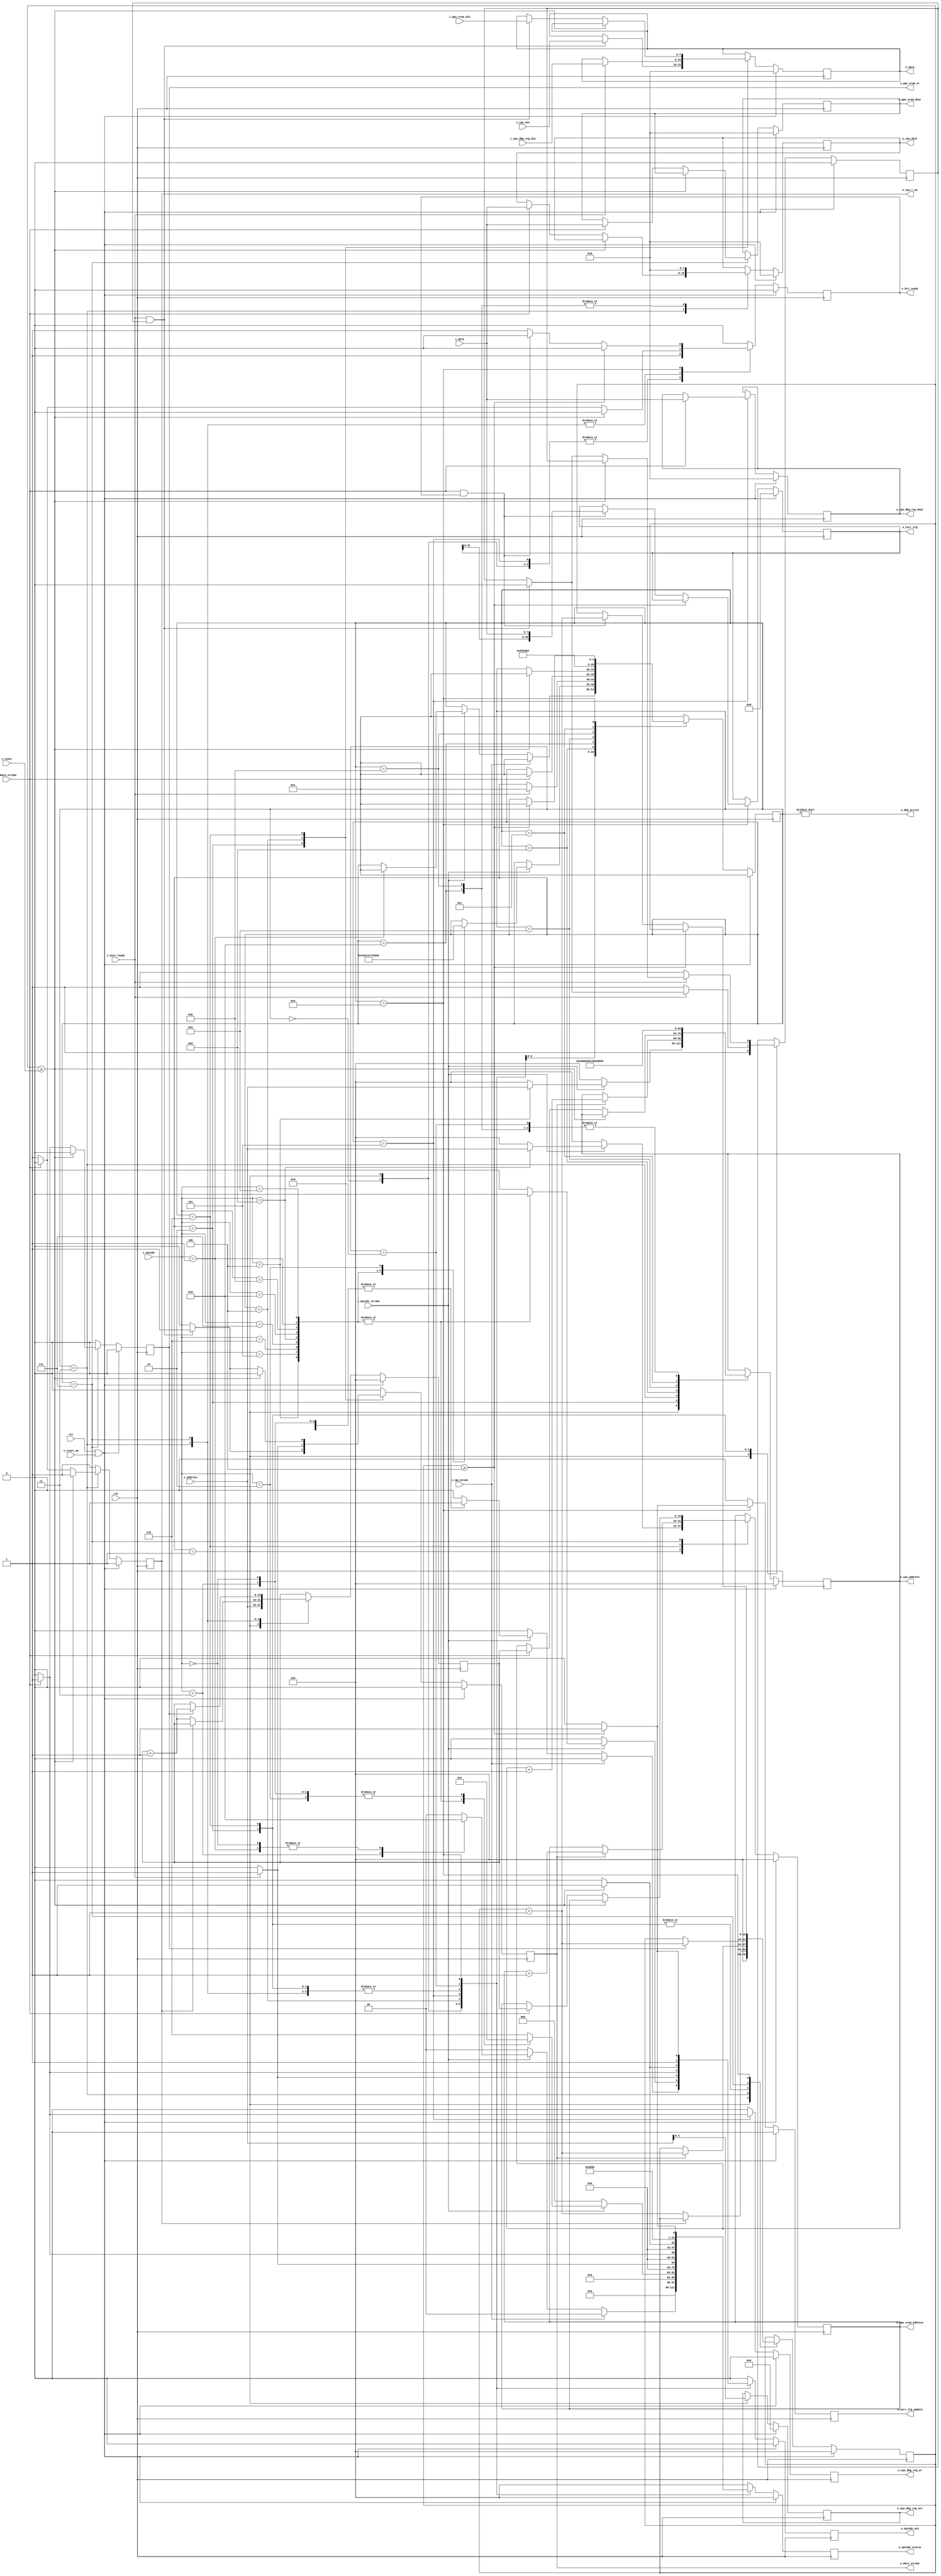
module nes_hci (
  input               clk,
  input               rst,

  //Host Interface
  input               i_reset_sm,

  input       [7:0]   i_opcode,
  input               i_opcode_strobe,

  output  reg [15:0]  o_opcode_status,
  output  reg         o_opcode_ack,

  input       [15:0]  i_address,
  input       [31:0]  i_count,

  //Input data path
  input               i_data_strobe,
  output  reg         o_hci_ready,
  input       [7:0]   i_data,

  //Output data path
  output  reg         o_data_strobe,
  input               i_host_ready,
  output  reg [7:0]   o_data,


  //NES Interface
  //CPU Interface
  input               i_cpu_break,
  output  reg         o_cpu_r_nw,           //CPU Read/!Write Pin
  output  reg [15:0]  o_cpu_address,
  input       [7:0]   i_cpu_din,
  output  reg [7:0]   o_cpu_dout,

  //CPU Debug Registers
  output              o_dbg_active,
  output  reg         o_cpu_dbg_reg_wr,
  output  reg [3:0]   o_cpu_dbg_reg_sel,
  input       [7:0]   i_cpu_dbg_reg_din,
  output  reg [7:0]   o_cpu_dbg_reg_dout,

  //Picture Processing Unit (PPU)
  output  reg         o_ppu_vram_wr,
  output  reg [15:0]  o_ppu_vram_address,
  input       [7:0]   i_ppu_vram_din,
  output  reg [7:0]   o_ppu_vram_dout,

  //Cartridge Config Data
  output  reg [39:0]  o_cart_cfg,
  output  reg         o_cart_cfg_update
);

//localparams

// Debug packet opcodes.
localparam [7:0] OP_NOP                  = 8'h00; //Tested
localparam [7:0] OP_DBG_BRK              = 8'h01; //Tested
localparam [7:0] OP_DBG_RUN              = 8'h02; //Tested
localparam [7:0] OP_QUERY_DBG_BRK        = 8'h03; //Tested
localparam [7:0] OP_CPU_MEM_RD           = 8'h04; //Tested
localparam [7:0] OP_CPU_MEM_WR           = 8'h05; //Tested
localparam [7:0] OP_CPU_REG_RD           = 8'h06; //Tested
localparam [7:0] OP_CPU_REG_WR           = 8'h07; //Tested
localparam [7:0] OP_PPU_MEM_RD           = 8'h08; //Tested
localparam [7:0] OP_PPU_MEM_WR           = 8'h09; //Tested
localparam [7:0] OP_PPU_DISABLE          = 8'h0A; //Tested
localparam [7:0] OP_CART_SET_CFG         = 8'h0B; //Tested

// Symbolic state representations.
localparam [4:0] S_DISABLED             = 5'h00;
localparam [4:0] S_DECODE               = 5'h01;
localparam [4:0] S_CPU_MEM_RD           = 5'h02;
localparam [4:0] S_CPU_MEM_WR           = 5'h03;
localparam [4:0] S_CPU_REG_RD           = 5'h04;
localparam [4:0] S_CPU_REG_WR           = 5'h05;
localparam [4:0] S_PPU_MEM_RD           = 5'h06;
localparam [4:0] S_PPU_MEM_WR           = 5'h07;
localparam [4:0] S_PPU_DISABLE_STG_0    = 5'h08;
localparam [4:0] S_PPU_DISABLE_STG_1    = 5'h09;
localparam [4:0] S_PPU_DISABLE_STG_2    = 5'h0A;
localparam [4:0] S_PPU_DISABLE_STG_3    = 5'h0B;
localparam [4:0] S_PPU_DISABLE_STG_4    = 5'h0C;
localparam [4:0] S_PPU_DISABLE_STG_5    = 5'h0D;
localparam [4:0] S_CART_SET_CFG         = 5'h0E;

// Opcode Status
localparam       OS_OK                  = 32'h00000001;
localparam       OS_ERROR               = 32'h00000002;
localparam       OS_UNKNOWN_OPCODE      = 32'h00000004;
localparam       OS_COUNT_IS_ZERO       = 32'h00000008;

//registers/wires
reg         [4:0]   state;
reg         [15:0]  r_execute_count;
reg                 r_host_one_shot;
reg         [15:0]  r_address;
//submodules
//asynchronous logic
assign              o_dbg_active        = (state != S_DISABLED);
//synchronous logic

always @ (posedge clk) begin
  if (rst || i_reset_sm) begin
    state             <=  S_DECODE;
    o_opcode_ack      <=  0;
    o_opcode_status   <=  0;
    r_execute_count   <=  0;
    o_hci_ready       <=  0;

    o_data_strobe     <=  0;
    o_data            <=  0;

    //CPU
    o_cpu_address     <=  0;
    o_cpu_dout        <=  0;
    o_cpu_r_nw        <=  1;

    //Debug Interface
    o_cpu_dbg_reg_wr  <=  0;
    o_cpu_dbg_reg_sel <=  0;
    o_cpu_dbg_reg_dout<=  0;

    //Picture Processing Unit (PPU)
    o_ppu_vram_wr     <=  0;
    o_ppu_vram_dout   <=  0;
    o_ppu_vram_address<=  0;

    //Cartridge
    o_cart_cfg        <=  0;
    o_cart_cfg_update <=  0;

    r_host_one_shot   <=  0;
    r_address         <=  0;
  end
  else begin
    //De-assert strobes
    o_opcode_ack      <=  0;
    o_opcode_status   <=  0;
    o_hci_ready       <=  0;
    o_cart_cfg_update <=  0;
    o_cpu_r_nw        <=  1;
    o_ppu_vram_wr     <=  0;
    o_data_strobe     <=  0;
    o_cpu_dbg_reg_wr  <=  0;

    case (state)
      S_DISABLED: begin
          o_hci_ready                   <=  1;
          if (i_cpu_break) begin
            //Received CPU initiated break. Begin active Debugging
            state                       <=  S_DECODE;
          end
          else if (i_opcode_strobe) begin
            case (i_opcode)
              //User Initiated break
              OP_DBG_BRK: begin
                state                   <=  S_DECODE;
                o_opcode_status         <=  OS_OK;
                o_opcode_ack            <=  1;
              end
              OP_QUERY_DBG_BRK: begin
                o_opcode_status         <=  OS_ERROR;
                o_opcode_ack            <=  1;
              end
              OP_NOP: begin
                o_opcode_status         <=  OS_OK;
                o_opcode_ack            <=  1;
              end
            endcase
          end
        end
      S_DECODE: begin
          o_hci_ready                   <=  1;
          r_execute_count               <=  0;
          r_address                     <=  i_address;

          o_cpu_address                 <=  0;
          o_ppu_vram_address            <=  0;
          o_cpu_dbg_reg_sel             <=  4'h0;

          o_cpu_dbg_reg_sel             <=  i_address[3:0];

          r_host_one_shot               <=  1;
          if (i_opcode_strobe) begin
            case (i_opcode)
              OP_CPU_MEM_RD:  begin
                o_cpu_address           <=  i_address;
                state                   <= S_CPU_MEM_RD;
              end
              OP_CPU_MEM_WR:     state  <= S_CPU_MEM_WR;
              OP_CPU_REG_RD:     state  <= S_CPU_REG_RD;
              OP_CPU_REG_WR:     state  <= S_CPU_REG_WR;
              OP_PPU_MEM_RD: begin
                o_ppu_vram_address      <=  i_address;
                state                   <= S_PPU_MEM_RD;
              end
              OP_PPU_MEM_WR:     state  <= S_PPU_MEM_WR;
              OP_CART_SET_CFG:   state  <= S_CART_SET_CFG;
              OP_DBG_BRK:        state  <= S_DECODE;
              OP_PPU_DISABLE:    state  <= S_PPU_DISABLE_STG_0;
              OP_DBG_RUN: begin
                  //Go into normal execution of code
                  state                 <=  S_DISABLED;
                  o_opcode_status       <=  OS_OK;
                  o_opcode_ack          <=  1;
                end
              OP_QUERY_DBG_BRK: begin
                  //Yes we are in a debug break
                  o_opcode_status       <=  OS_OK;
                  o_opcode_ack          <=  1;
                end
              OP_NOP: begin
                  o_opcode_status       <=  OS_OK;
                  o_opcode_ack          <=  1;
                end
              default:
                begin
                  // Invalid opcode.  Ignore, but set error code.
                  o_opcode_status       <=  OS_UNKNOWN_OPCODE | OS_ERROR;
                  o_opcode_ack          <=  1;
                  //Stay in decode
                end
            endcase
          end
        end
      //CPU Mem Read
      //User must populate the count and the address
      //When data is available read the data  [data] * count bytes
      S_CPU_MEM_RD: begin
        if (r_execute_count >= i_count) begin
          o_opcode_status             <=  OS_OK;
          o_opcode_ack                <=  1;
          state                       <=  S_DECODE;
        end
        if (i_host_ready && r_host_one_shot) begin
          o_data                      <=  i_cpu_din;
          o_data_strobe               <=  1;
          r_host_one_shot             <=  0;
        end
        if (o_data_strobe) begin
          r_execute_count             <=  r_execute_count + 32'h00000001;
          o_cpu_address               <=  o_cpu_address + 16'h0001;
        end

        if (!i_host_ready) begin
          r_host_one_shot             <=  1;
        end
      end
      //CPU Mem Write
      //User must populate count and address before sending opcode
      S_CPU_MEM_WR: begin

        if (r_execute_count >= i_count) begin
          o_opcode_status             <=  OS_OK;
          o_opcode_ack                <=  1;
          state                       <=  S_DECODE;
        end
        else if (i_data_strobe) begin
          o_cpu_dout                  <=  i_data;
          o_cpu_r_nw                  <=  0;
          o_cpu_address               <=  r_address;
        end
        else begin
          o_hci_ready                 <=  1;
        end

        //When the strobe is high increment the counter and address
        if (!o_cpu_r_nw) begin
          r_execute_count             <=  r_execute_count + 32'h00000001;
          r_address                   <=  r_address + 16'h0001;
        end
      end
      //CPU Read Register
      S_CPU_REG_RD: begin
        if (i_host_ready) begin
          o_data                      <=  i_cpu_dbg_reg_din;
          o_data_strobe               <=  1;
          o_opcode_status             <=  OS_OK;
          o_opcode_ack                <=  1;
          state                       <=  S_DECODE;
        end
      end
      //CPU Write Register
      //Set up the CPU Address for the debug register
      S_CPU_REG_WR: begin
        o_hci_ready                   <=  1;
        if (i_data_strobe) begin
          o_cpu_dbg_reg_wr            <=  1;
          o_cpu_dbg_reg_dout          <=  i_data;
          o_opcode_status             <=  OS_OK;
          o_opcode_ack                <=  1;
          state                       <=  S_DECODE;
        end
      end

      //Picture Processing Unit Memory Read
      S_PPU_MEM_RD: begin
        if (r_execute_count >= i_count) begin
          o_opcode_status             <=  OS_OK;
          o_opcode_ack                <=  1;
          state                       <=  S_DECODE;
        end
        else if (i_host_ready && r_host_one_shot) begin
          o_data                      <=  i_ppu_vram_din;
          o_data_strobe               <=  1;
          r_host_one_shot             <=  0;
        end
        if (o_data_strobe) begin
          r_execute_count             <=  r_execute_count + 32'h00000001;
          o_ppu_vram_address          <=  o_ppu_vram_address + 16'h0001;
        end
        if (!i_host_ready) begin
          r_host_one_shot             <=  1;
        end
      end
      //Picture Processing Unit Memory Write
      S_PPU_MEM_WR: begin

        if (r_execute_count >= i_count) begin
          o_opcode_status             <=  OS_OK;
          o_opcode_ack                <=  1;
          state                       <=  S_DECODE;
        end
        else if (i_data_strobe) begin
          o_ppu_vram_dout             <=  i_data;
          o_ppu_vram_wr               <=  1;
          o_ppu_vram_address          <=  r_address;
        end
        else begin
          o_hci_ready                 <=  1;
        end

        //When the write stobe goes high increment the address
        if (o_ppu_vram_wr) begin
          r_execute_count             <=  r_execute_count + 32'h00000001;
          r_address                   <=  r_address + 16'h0001;
        end
      end
      S_PPU_DISABLE_STG_0: begin
        o_cpu_address                 <=  16'h2000;
        state                         <=  S_PPU_DISABLE_STG_1;
      end
      S_PPU_DISABLE_STG_1: begin
        // Write 0x2000 to 0.
        o_cpu_r_nw                    <=  1;
        o_cpu_dout                    <=  8'h00;

        // Set addr to 0x0000 for one cycle (due to PPU quirk only recognizing register
        // interface reads/writes when address bits [15-13] change from 3'b001 from another
        // value.
        o_cpu_address                 <=  16'h0000;
        state                         <=  S_PPU_DISABLE_STG_2;
      end
      S_PPU_DISABLE_STG_2: begin
        o_cpu_address                 <=  16'h2001;
        state                         <=  S_PPU_DISABLE_STG_3;
      end
      S_PPU_DISABLE_STG_3: begin
        // Write 0x2001 to 0.
        o_cpu_r_nw                    <=  1;
        o_cpu_dout                    <=  8'h00;

        // Set addr to 0x0000 for one cycle (due to PPU quirk only recognizing register
        // interface reads/writes when address bits [15-13] change from 3'b001 from another
        // value.
        o_cpu_address                 <=  16'h0000;
        state                         <=  S_PPU_DISABLE_STG_4;
      end
      S_PPU_DISABLE_STG_4: begin
        o_cpu_address                 <=  16'h2002;
        state                         <=  S_PPU_DISABLE_STG_5;
      end
      S_PPU_DISABLE_STG_5: begin
        // Read 0x2002 to reset PPU byte pointer.
        o_cpu_address                 <=  16'h0000;
        o_opcode_status               <=  OS_OK;
        o_opcode_ack                  <=  1;
        state                         <=  S_DECODE;
      end
      S_CART_SET_CFG: begin
        if (r_execute_count >= 4) begin
          o_opcode_status             <=  OS_OK;
          o_opcode_ack                <=  1;
          state                       <=  S_DECODE;
          o_cart_cfg_update           <=  1;
        end
        else if (i_data_strobe && o_hci_ready) begin
          o_hci_ready                 <=  0;
          r_execute_count             <=  r_execute_count + 32'h00000001;
          o_cart_cfg                  <=  {o_cart_cfg[31:0], i_data};
        end
        else begin
          o_hci_ready                 <=  1;
        end
        //When the write stobe goes high increment the address
      end
      default: begin
        state                         <=  S_DECODE;
      end
    endcase
  end
end
endmodule